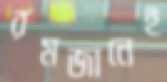
রমজানেই